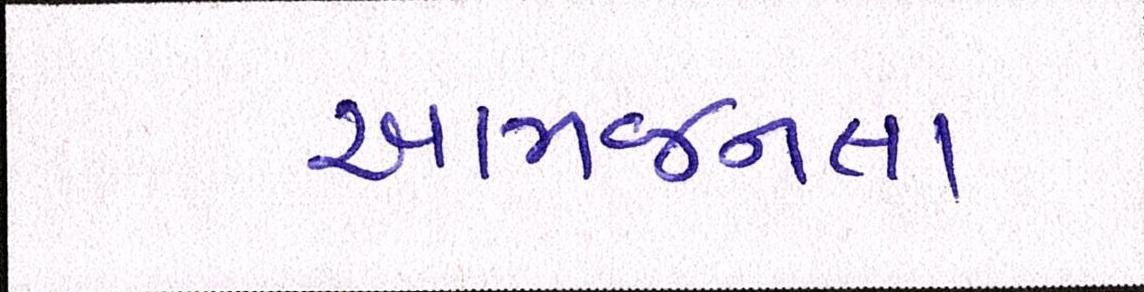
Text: આમજનતા